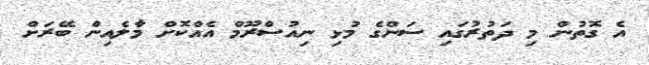
އެ ގޮތުން މި ދަތުރުގައި ސަންގެ މުޅި ނިއުސްރޫމް އެއްކޮށް މާލެއިން ބޭރަށް